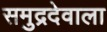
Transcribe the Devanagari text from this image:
समुद्रदेवाला